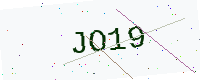
Text: JO19